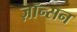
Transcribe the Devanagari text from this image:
ज़ॉन्सन